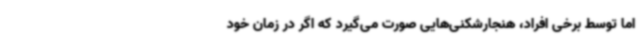
اما توسط برخی افراد، هنجارشکنی‌هایی صورت می‌گیرد که اگر در زمان خود